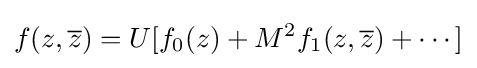
f(z,{\overline {z}})=U[f_{0}(z)+M^{2}f_{1}(z,{\overline {z}})+\cdots ]